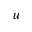
u